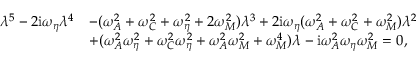
\begin{array} { r l } { \lambda ^ { 5 } - 2 \mathrm { i } \omega _ { \eta } \lambda ^ { 4 } } & { - ( \omega _ { A } ^ { 2 } + \omega _ { C } ^ { 2 } + \omega _ { \eta } ^ { 2 } + 2 \omega _ { M } ^ { 2 } ) \lambda ^ { 3 } + 2 \mathrm { i } \omega _ { \eta } ( \omega _ { A } ^ { 2 } + \omega _ { C } ^ { 2 } + \omega _ { M } ^ { 2 } ) \lambda ^ { 2 } } \\ & { + ( \omega _ { A } ^ { 2 } \omega _ { \eta } ^ { 2 } + \omega _ { C } ^ { 2 } \omega _ { \eta } ^ { 2 } + \omega _ { A } ^ { 2 } \omega _ { M } ^ { 2 } + \omega _ { M } ^ { 4 } ) \lambda - \mathrm { i } \omega _ { A } ^ { 2 } \omega _ { \eta } \omega _ { M } ^ { 2 } = 0 , } \end{array}